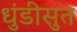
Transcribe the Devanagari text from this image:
धुंडीसुत